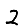
Digit: 2